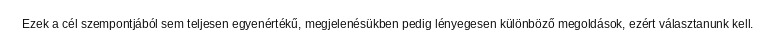
Ezek a cél szempontjából sem teljesen egyenértékű, megjelenésükben pedig lényegesen különböző megoldások, ezért választanunk kell.